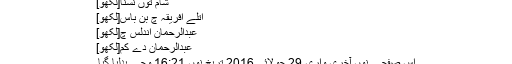
شام توں نسنا[لکھو]
اتلے افریقہ چ بن باس[لکھو]
عبدالرحمان اندلس چ[لکھو]
عبدالرحمان دے کم[لکھو]
اس صفحے نوں آخری واری 29 جولائی 2016 تریخ نوں 16:21 وجے بدلیا گیا۔